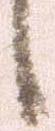
候